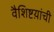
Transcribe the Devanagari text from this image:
वैशिष्टय़ांची